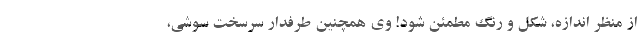
از منظر اندازه، شکل و رنگ مطمئن شود! وی همچنین طرفدار سرسخت سوشی،